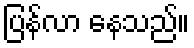
ပြန်လာ နေသည်။